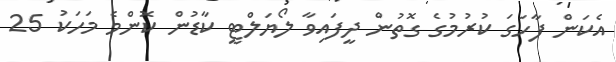
އެކަން ފާހަގަ ކުރުމުގެ ގޮތުން ދީފައިވާ ލޯޔަލްޓީ ކާޑުން ކޮންމެ މަހަކު 25